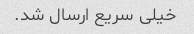
خیلی سریع ارسال شد.